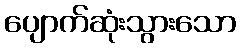
ပျောက်ဆုံးသွားသော